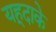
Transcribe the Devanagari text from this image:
यहूदाके